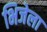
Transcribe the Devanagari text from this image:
भिजेला